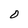
Character: 0